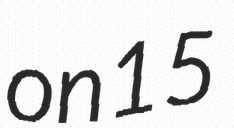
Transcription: on 15